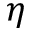
\eta